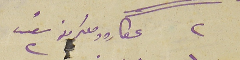
٢ عطاره ومعكرون عدد ٢